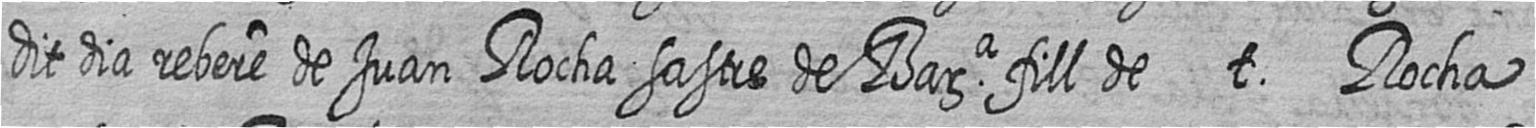
dit dia rebere de Juan Rocha sastre de Bara fill de t Rocha